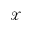
\mathcal { X }